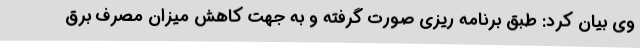
وی بیان کرد: طبق برنامه ریزی صورت گرفته و به جهت کاهش میزان مصرف برق